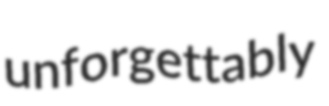
unforgettably